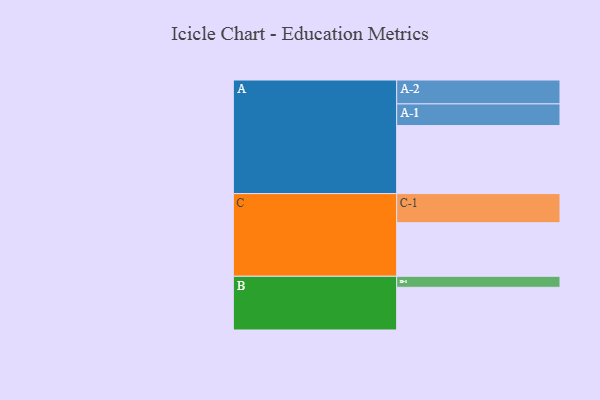
{"axis": {"x": "Segment", "y": "Value"}, "legend": ["", "A", "B", "C"], "data": [{"x": "A", "y": 575, "type": ""}, {"x": "B", "y": 361, "type": ""}, {"x": "C", "y": 453, "type": ""}, {"x": "A-1", "y": 183, "type": "A"}, {"x": "A-2", "y": 202, "type": "A"}, {"x": "B-1", "y": 93, "type": "B"}, {"x": "C-1", "y": 246, "type": "C"}]}